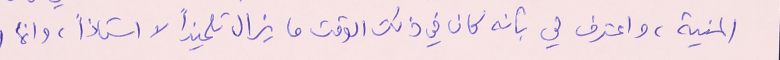
المنية، واعترف لي بأنه كان في ذلك الوقت ما يزال تلميذاً لا استاذاً، وانما